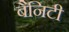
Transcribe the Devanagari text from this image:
बैनिटी